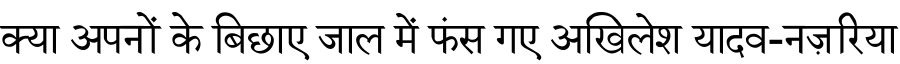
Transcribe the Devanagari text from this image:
क्या अपनों के बिछाए जाल में फंस गए अखिलेश यादव-नज़रिया